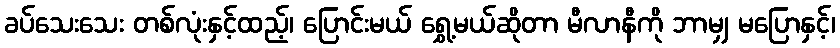
ခပ်သေးသေး တစ်လုံးနှင့်ထည့်၊ ပြောင်းမယ် ရွှေ့မယ်ဆိုတာ မီလာနီကို ဘာမျှ မပြောနှင့်၊